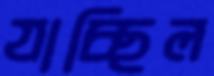
যাচ্ছিল